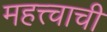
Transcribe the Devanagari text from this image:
महत्त्चाची